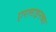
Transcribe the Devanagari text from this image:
एरलाइनच्या